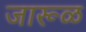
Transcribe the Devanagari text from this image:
जारूळ